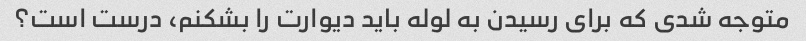
متوجه شدی که برای رسیدن به لوله باید دیوارت را بشکنم، درست است؟